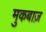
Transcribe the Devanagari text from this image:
मुकबाज़